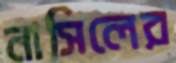
নাসিলের